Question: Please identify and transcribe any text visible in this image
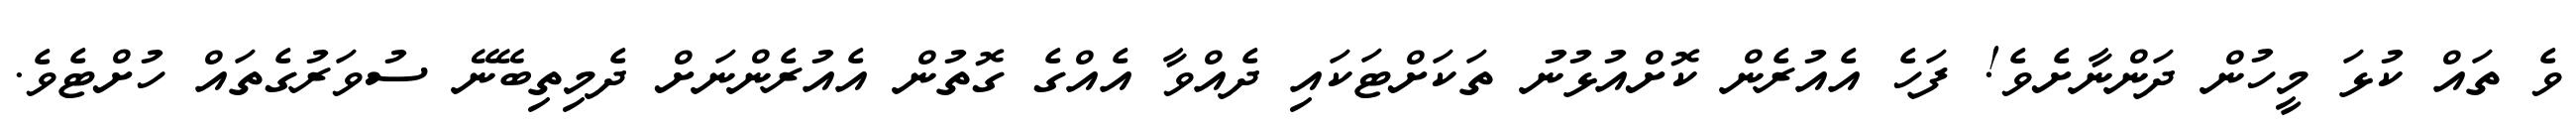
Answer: ވެ ތައް ކުޅަ މީހުން ދަންނާށެވެ! ފަހެ އެއުރެން ކޮށްއުޅުނު ތަކަށްޓަކައި ދެއްވާ އެއްގެ ގޮތުން އެއުރެންނަށް ދެމިތިބޭނޭ ސުވަރުގެތައް ހުށްޓެވެ.